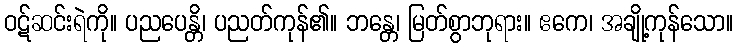
ဝဋ်ဆင်းရဲကို။ ပညပေန္တိ၊ ပညတ်ကုန်၏။ ဘန္တေ၊ မြတ်စွာဘုရား။ ဧကေ၊ အချို့ကုန်သော။